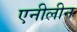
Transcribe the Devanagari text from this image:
एनीलीन